Document type: Endowment
Year: 1330
Scribe: Arnau [Delpàs]
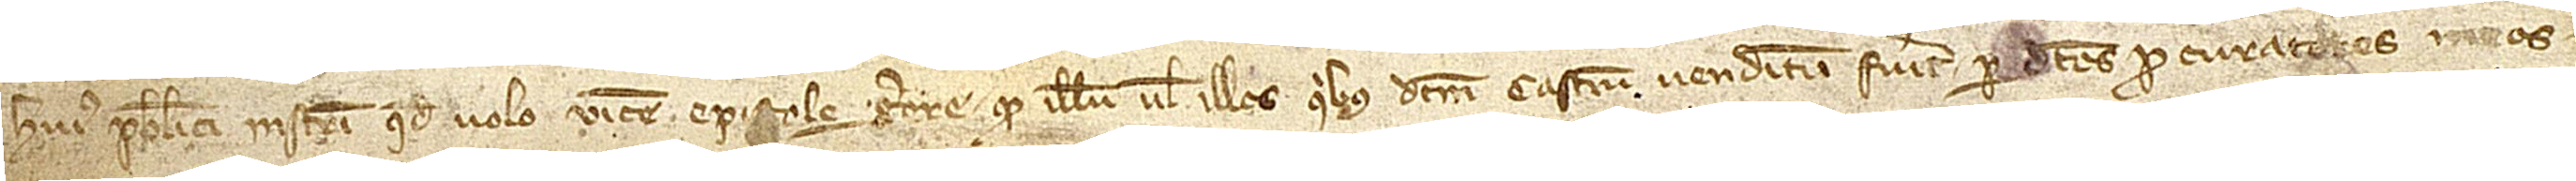
huius publici instrumenti, quod volo vicem epistole gerere, quod illum vel illos quibus dictum castrum venditum fuerit per dictos procuratores meos